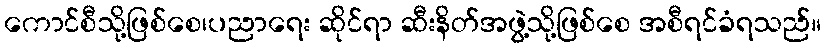
ကောင်စီသို့ဖြစ်စေ၊ပညာရေး ဆိုင်ရာ ဆီးနိတ်အဖွဲ့သို့ဖြစ်စေ အစီရင်ခံရသည်။